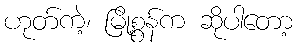
ဟုတ်ကဲ့၊ မြို့စွန်က ဆိုပါတော့